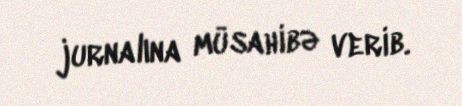
jurnalına müsahibə verib.